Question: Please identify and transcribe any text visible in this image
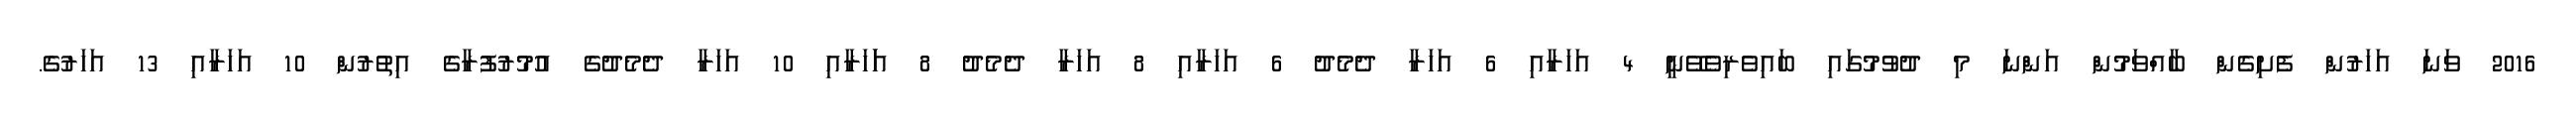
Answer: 2016 ވަނަ އަހަރުން ފެށިގެން ބާއްވަމުން އަންނަ މި ދުވުމުގައި ބައިވެރިވެވޭނީ 4 އަހަރާއި 6 އަހަރާ ދެމެދު 6 އަހަރާއި 8 އަހަރާ ދެމެދު 8 އަަހަރާއި 10 އަހަރާ ދެމެދުގެ އުމުރުފުރާގެ އިތުރުން 10 އަހަރާއި 13 އަހަރުގެ.